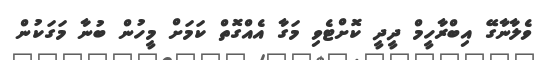
ވެލާނާގޭ އިބްރާހީމް ދީދީ ކޮށްޓެވި މަގާ އެއްގޮތް ކަމަށް މީހުން ބުނާ މަގަކުން